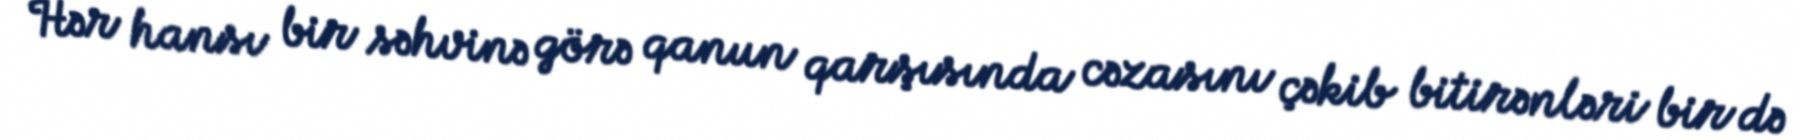
Hər hansı bir səhvinə görə qanun qarşısında cəzasını çəkib bitirənləri bir də